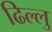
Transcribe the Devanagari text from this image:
ढिल्लु